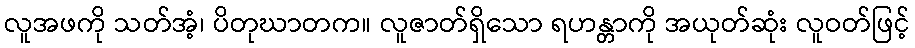
လူအဖကို သတ်အံ့၊ ပိတုဃာတက။ လူဇာတ်ရှိသော ရဟန္တာကို အယုတ်ဆုံး လူဝတ်ဖြင့်